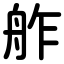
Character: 舴